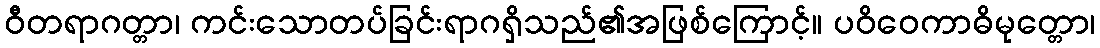
ဝီတရာဂတ္တာ၊ ကင်းသောတပ်ခြင်းရာဂရှိသည်၏အဖြစ်ကြောင့်။ ပဝိဝေကာဓိမုတ္တော၊